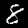
Digit: 8